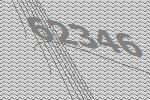
62346